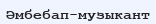
Әмбебап-музыкант